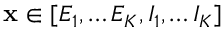
\mathbf { x } \in [ E _ { 1 } , \ldots E _ { K } , I _ { 1 } , \ldots I _ { K } ]